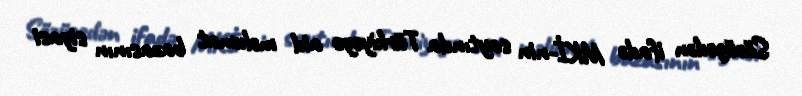
Sözügedən ifadə MKİ-nin saytında Türkiyəyə aid məlumat bazasının siyasi